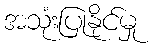
အသုံးပြုနိုင်မှု